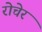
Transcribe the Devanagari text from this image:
रोचेर